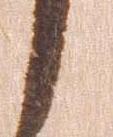
こ